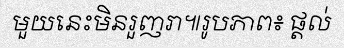
មួយនេះមិនរួញរា៕រូបភាព៖ ផ្តល់